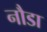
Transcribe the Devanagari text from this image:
नौडा